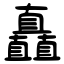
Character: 矗